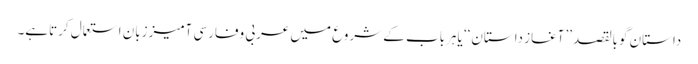
داستان گوبالقصد ’’آغازِ داستان‘‘ یاہرباب کے شروع میں عربی وفارسی آمیززبان استعمال کرتاہے۔